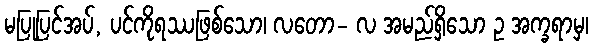
မပြုပြင်အပ်, ပင်ကိုရဿဖြစ်သော၊ လတော- လ အမည်ရှိသော ဥ အက္ခရာမှ၊